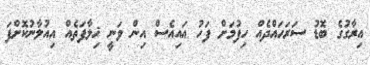
އިރާގުގެ ބޮޑު ސަރަހައްދެއް ހިފުމަށް ފަހު އައިއެސް އިން ވަނީ ޚިލާފަތެއް އިއުލާނުކޮށްފަ